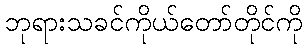
ဘုရားသခင်ကိုယ်တော်တိုင်ကို